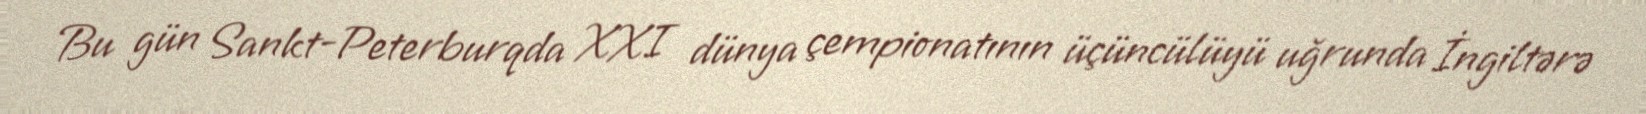
Bu gün Sankt-Peterburqda XXI dünya çempionatının üçüncülüyü uğrunda İngiltərə